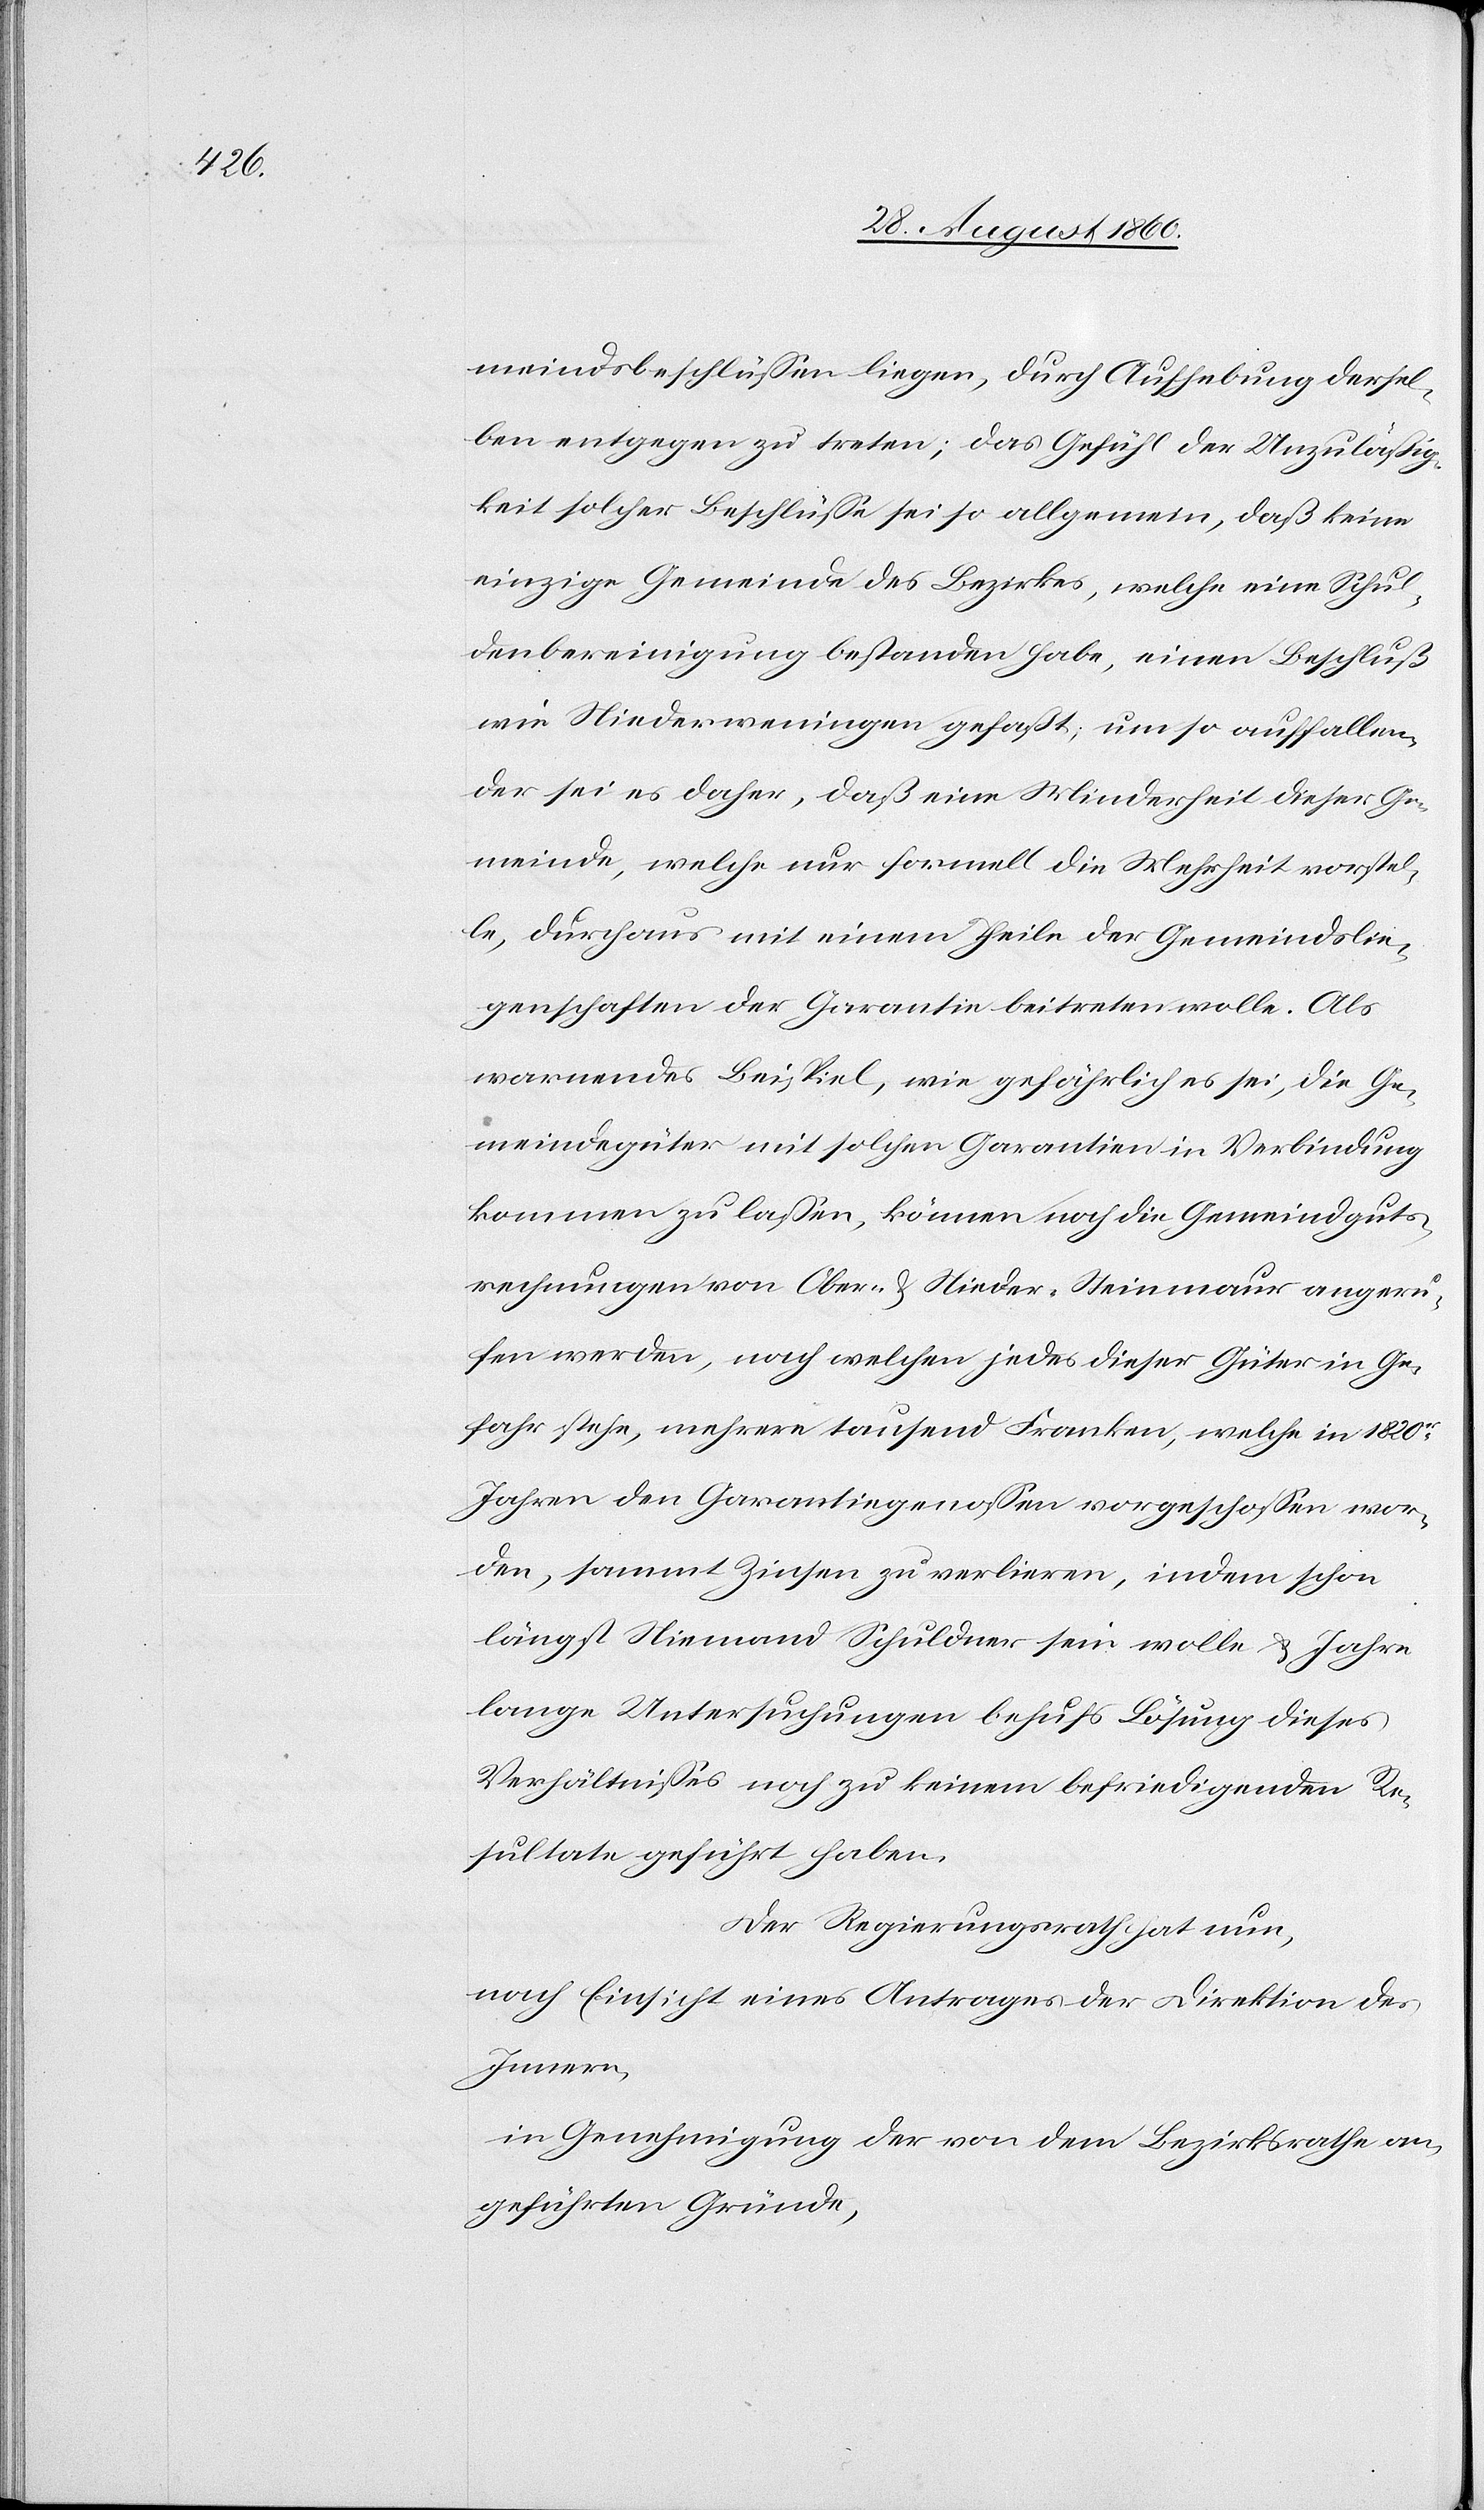
meindsbeschlüssen liegen, durch Aufhebung dersel¬
ben entgegenzutreten; das Gefühl der Unzulässig¬
keit solcher Beschlüsse sei so allgemein, dass keine
einzige Gemeinde des Bezirkes welche eine Schul¬
denbereinigung bestanden habe, einen Beschluss
wie Niederweningen gefasst, um so auffallen¬
der sei es daher, dass eine Minderheit dieser Ge¬
meinde, welche nur formell die Mehrheit vorstel¬
le, durchaus mit einem Theile der Gemeindslie¬
genschaften der Garantie beitreten wolle. Als
warnendes Beispiel, wie gefährlich es sei, die Ge¬
meindegüter mit solchen Garantien in Verbindung
kommen zu lassen, können noch die Gemeindsguts¬
rechnungen von Ober- u. Niedersteinmaur angeru¬
fen werden, nach welchen jedes dieser Güter in Ge¬
fahr stehe, mehrere tausend Franken, welche in 1820ger
Jahren den Garantiegenossen vorgeschossen wor¬
den, sammt Zinsen zu verlieren, indem schon
längst Niemand Schuldner sein wolle u. Jahre
lange Untersuchungen behufs Lösung dieses
Verhältnisses noch zu keinem befriedigenden Re¬
sultate geführt haben.
Der Regierungsrath hat nun,
nach Einsicht eines Antrages der Direktion des
Innern,
in Genehmigung der von dem Bezirksrathe an¬
geführten Gründe,